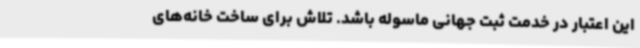
این اعتبار در خدمت ثبت جهانی ماسوله باشد. تلاش برای ساخت خانه‌های